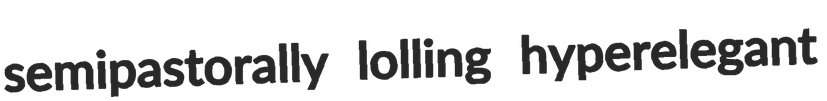
semipastorally lolling hyperelegant